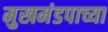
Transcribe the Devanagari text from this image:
मुखमंडपाच्या